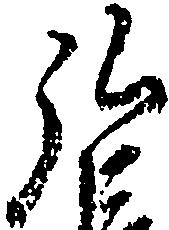
弘